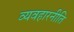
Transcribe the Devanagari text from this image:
व्यवहारनीति